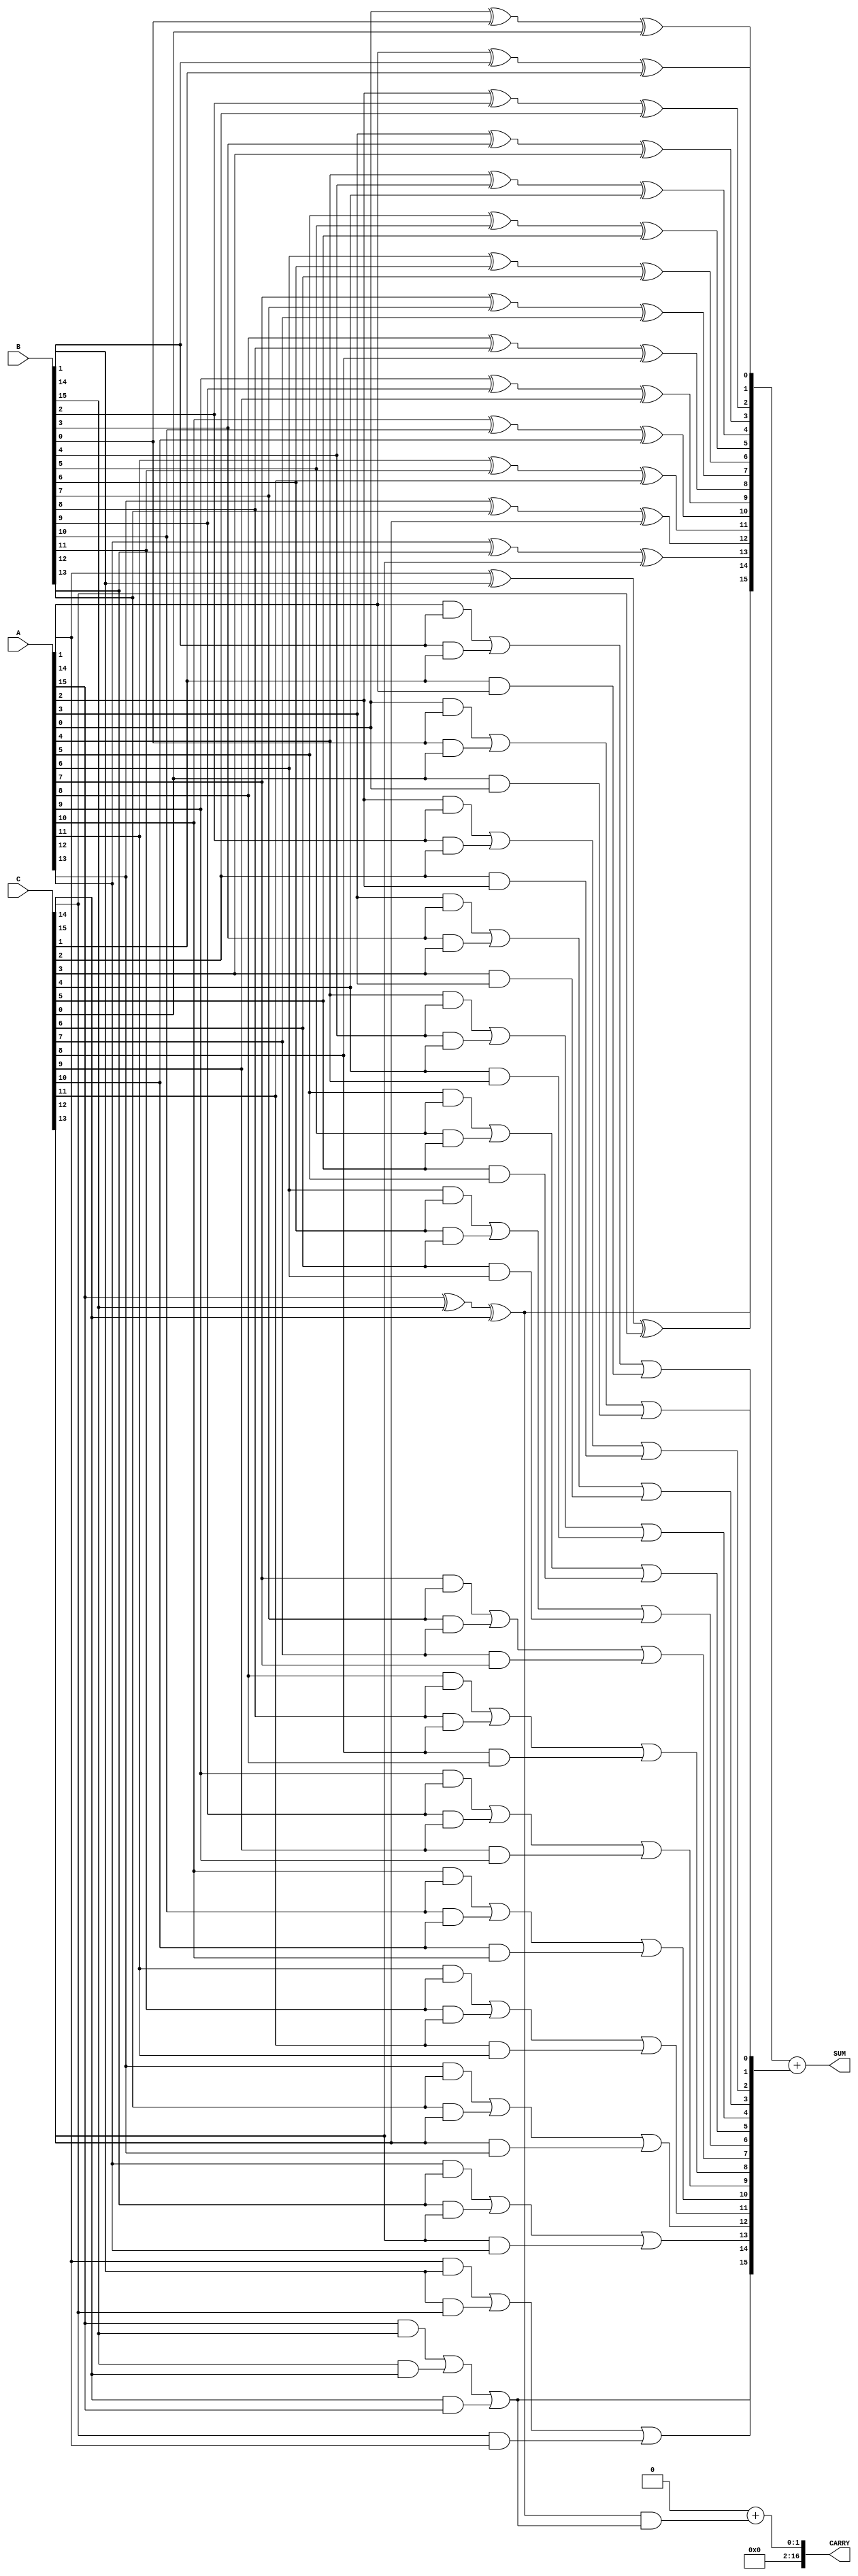
module carry_save_adder (
    input [N-1:0] A, // First operand
    input [N-1:0] B, // Second operand
    input [N-1:0] C, // Third operand
    output [N-1:0] SUM, // Final sum output
    output [N:0] CARRY // Final carry output
);
    parameter N = 16; // Bit-width of the operands

    // Intermediate sum and carry wires
    wire [N-1:0] sum_intermediate;
    wire [N-1:0] carry_intermediate;

    // Carry Save Addition using Full Adders
    genvar i;
    generate
        for (i = 0; i < N; i = i + 1) begin : CSA
            wire a_bit = A[i];
            wire b_bit = B[i];
            wire c_bit = C[i];
            assign sum_intermediate[i] = a_bit ^ b_bit ^ c_bit; // Sum
            assign carry_intermediate[i] = (a_bit & b_bit) | (b_bit & c_bit) | (c_bit & a_bit); // Carry
        end
    endgenerate

    // Reduction Tree (simple binary tree for carry and sum)
    wire [N-1:0] sum_tree [0:1]; // Two levels of sum
    wire [N:0] carry_tree [0:1]; // Two levels of carry

    // First level of reduction
    assign sum_tree[0] = sum_intermediate;
    assign carry_tree[0] = carry_intermediate;

    // Second level of reduction (simplified, can be expanded)
    assign sum_tree[1] = sum_tree[0] + carry_tree[0][N-1:0];
    assign carry_tree[1] = carry_tree[0][N] + (sum_tree[0][N-1] & carry_tree[0][N-1]);

    // Final addition (Ripple Carry Adder for simplicity)
    assign SUM = sum_tree[1];
    assign CARRY = carry_tree[1];

endmodule